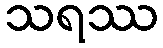
သရဿ